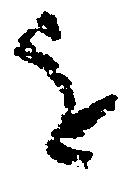
を